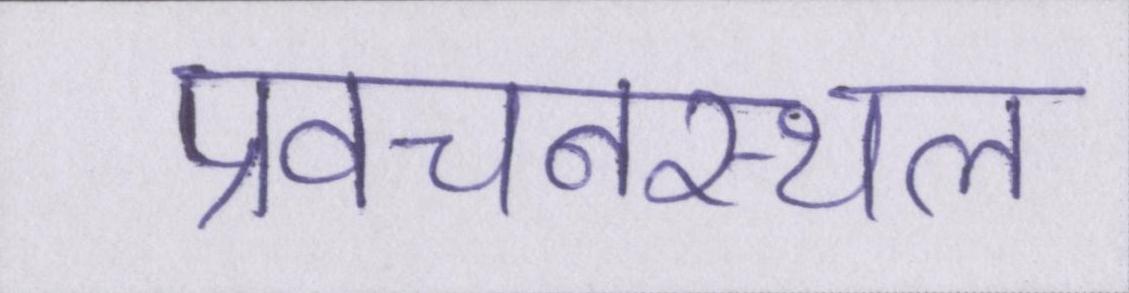
प्रवचनस्थल